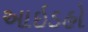
આઇડહો